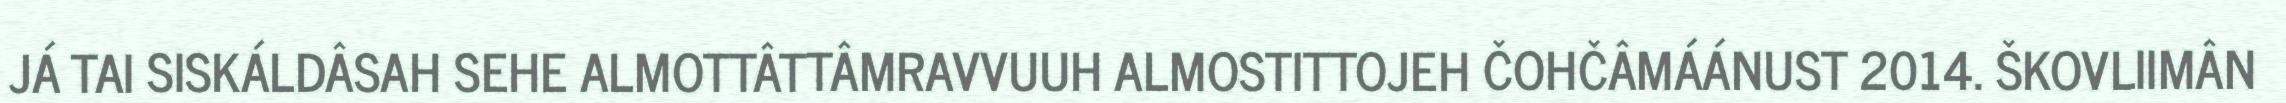
JÁ TAI SISKÁLDÂSAH SEHE ALMOTTÂTTÂMRAVVUUH ALMOSTITTOJEH ČOHČÂMÁÁNUST 2014. ŠKOVLIIMÂN